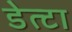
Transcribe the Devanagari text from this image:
डेत्टा